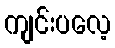
ကျင်းပလေ့